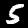
Digit: 5